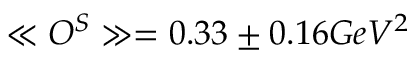
\ll O ^ { S } \gg = 0 . 3 3 \pm 0 . 1 6 G e V ^ { 2 }